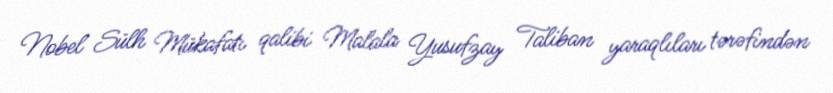
Nobel Sülh Mükafatı qalibi Malala Yusufzay Taliban yaraqlıları tərəfindən